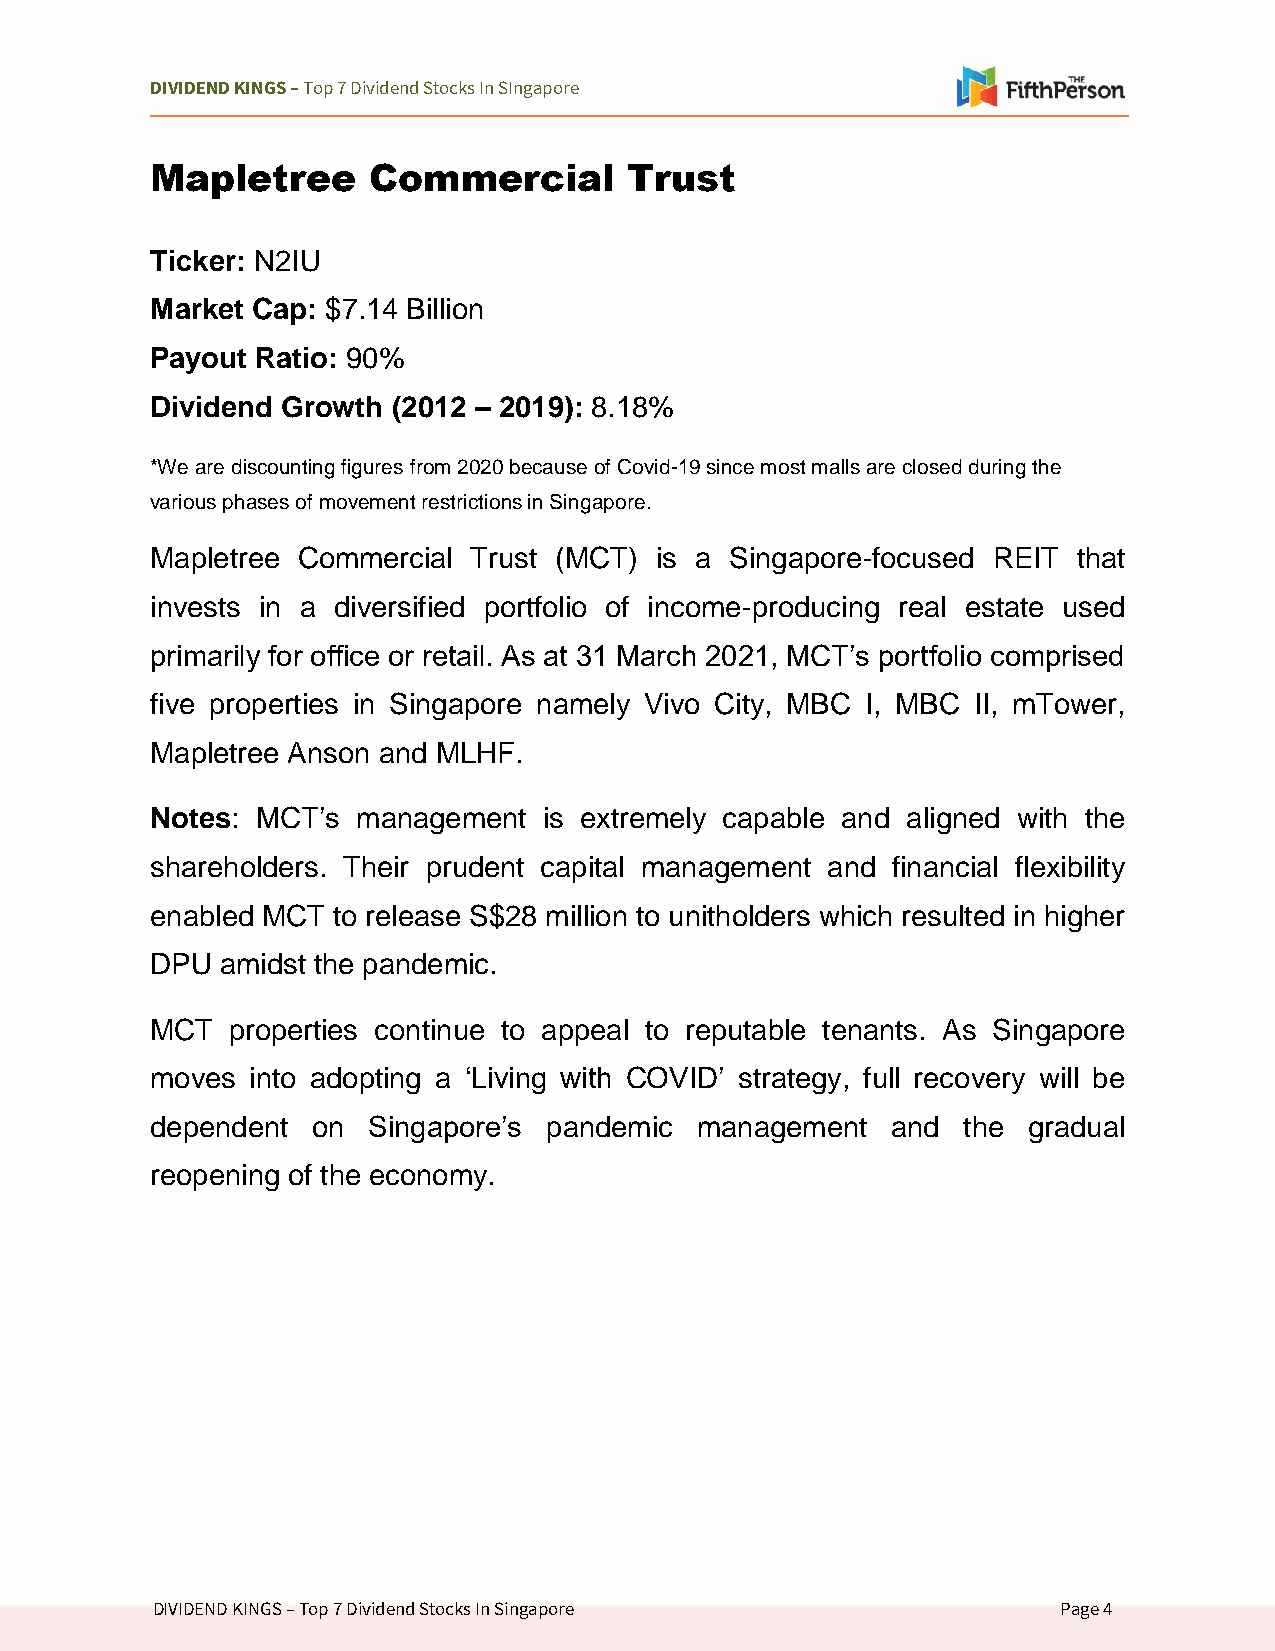
DIVIDEND KINGS – Top 7 Dividend Stocks In SIngapore
 Mapletree     Commercial        Trust
 Ticker: N2IU
 Market Cap: $7.14 Billion
 Payout Ratio: 90%
 Dividend Growth (2012 – 2019): 8.18%
 *We are discounting figures from 2020 because of Covid-19 since most malls are closed during the
 various phases of movement restrictions in Singapore.
 Mapletree Commercial Trust (MCT) is a Singapore-focused REIT that
 invests in a diversified portfolio of income-producing real estate used
 primarily for office or retail. As at 31 March 2021, MCT’s portfolio comprised
 five properties in Singapore namely Vivo City, MBC I, MBC II, mTower,
 Mapletree Anson and MLHF.
 Notes: MCT’s  management  is extremely capable and aligned with the
 shareholders. Their prudent capital management and financial flexibility
 enabled MCT to release S$28 million to unitholders which resulted in higher
 DPU  amidst the pandemic.
 MCT  properties continue to appeal to reputable tenants. As Singapore
 moves  into adopting a ‘Living with COVID’ strategy, full recovery will be
 dependent  on Singapore’s pandemic  management   and  the gradual
 reopening of the economy.
 DIVIDEND KINGS – Top 7 Dividend Stocks In Singapore         Page 4